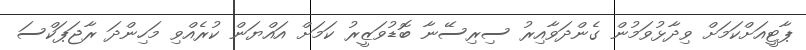
ޕާޓީއަށްކަމަށް ވިދާޅުވަމުން ގެންދަވާއިރު ސިރިސޭނާ ބޮޑުވަޒީރު ކަމަށް އައްޔަން ކުރެއްވި މަހިންދަ ރާޖަޕަކްސަ